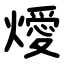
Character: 燰